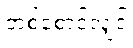
တစ်စောင်လျှင်